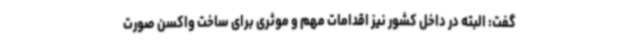
گفت: البته در داخل کشور نیز اقدامات مهم و موثری برای ساخت واکسن صورت